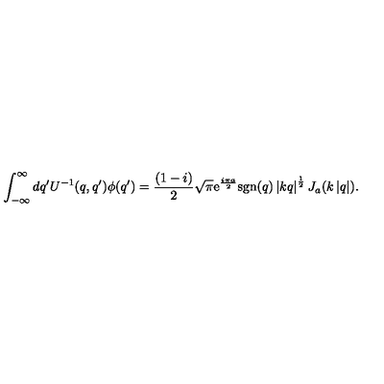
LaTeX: \int _ { - \infty } ^ { \infty } d q ^ { \prime } U ^ { - 1 } ( q , q ^ { \prime } ) \phi ( q ^ { \prime } ) = \frac { ( 1 - i ) } { 2 } \sqrt { \pi } \mathrm { e } ^ { \frac { i \pi a } { 2 } } \mathrm { s g n } ( q ) \left| k q \right| ^ { \frac { 1 } { 2 } } J _ { a } ( k \left| q \right| ) .